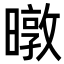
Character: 暾